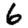
Digit: 6